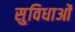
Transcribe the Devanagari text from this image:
सु्विधाओं